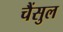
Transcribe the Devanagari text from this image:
चैंसुल